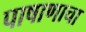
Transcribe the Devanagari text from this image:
पाषाणाचा